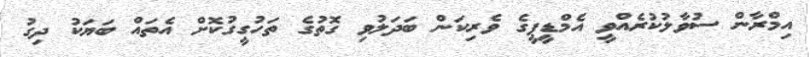
އިމްރާން ސުވާލުކުރެއްވީ އެމްޑީޕީގެ ވެރިކަން ބަދަލުވި ގޮތުގެ ތަހުގީގުކޮށް އެތައް ބަޔަކު ދިގު